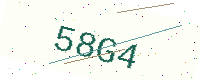
Text: 58G4